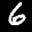
Label: 6